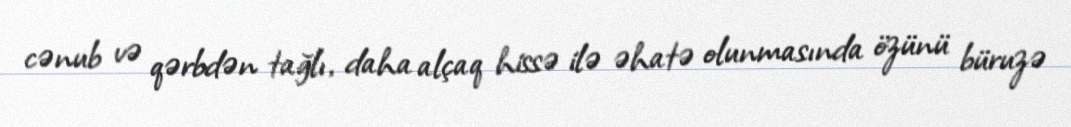
cənub və qərbdən tağlı, daha alçaq hissə ilə əhatə olunmasında özünü büruzə